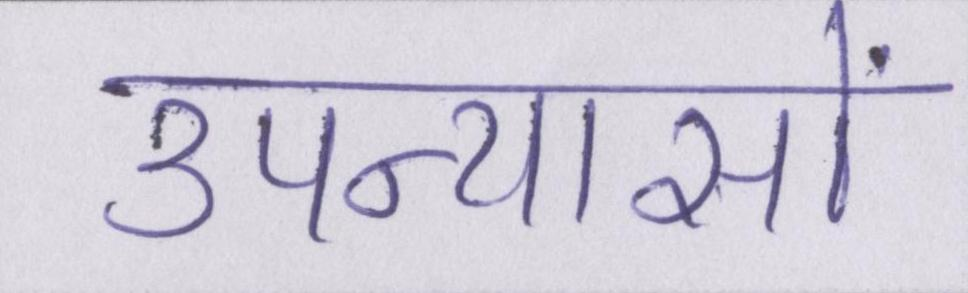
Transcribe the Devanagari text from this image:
उपन्यासों